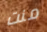
منت